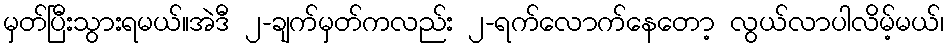
မှတ်ပြီးသွားရမယ်။အဲဒီ ၂-ချက်မှတ်ကလည်း ၂-ရက်လောက်နေတော့ လွယ်လာပါလိမ့်မယ်၊